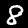
Digit: 8